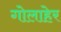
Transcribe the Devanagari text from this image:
गोलाहेर